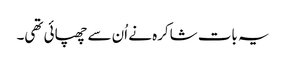
یہ بات شاکرہ نے اُن سے چھپائی تھی۔